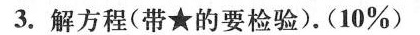
3.解方程(带★的要检验)。(10%)